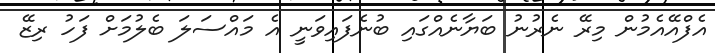
އެފްއޭއެމުން މިރޭ ނެރުނު ބަޔާނެއްގައި ބުނެފައިވަނީ އެ މައްސަލަ ބެލުމަށް ފަހު ރިޒޭ